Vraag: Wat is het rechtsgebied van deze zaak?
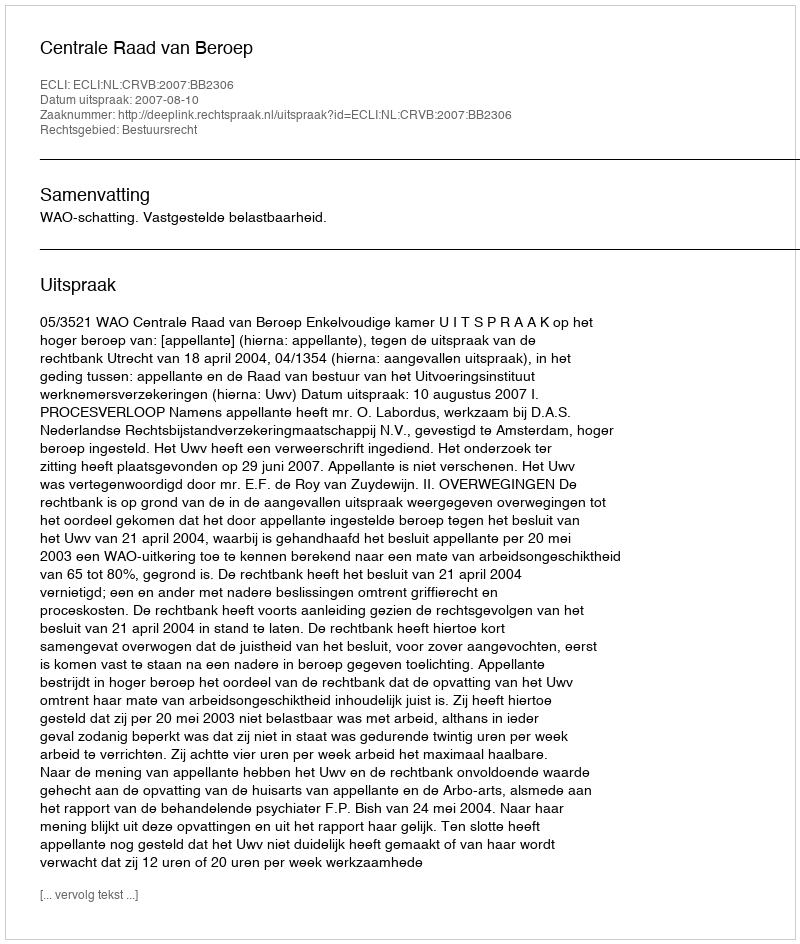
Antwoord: Bestuursrecht